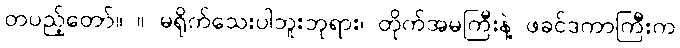
တပည့်တော်။ ။ မရိုက်သေးပါဘူးဘုရား၊ တိုက်အမကြီးနဲ့ ဖခင်ဒကာကြီးက